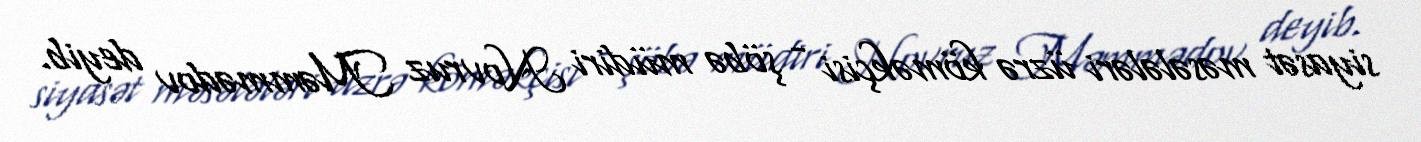
siyasət məsələləri üzrə köməkçisi - şöbə müdiri Novruz Məmmədov deyib.